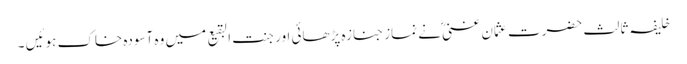
خلیفہ ثالث حضرت عثمان غنی ؓنے نماز جنازہ پڑھائی اور جنت البقیع میں وہ آسودہ خاک ہوئیں ۔